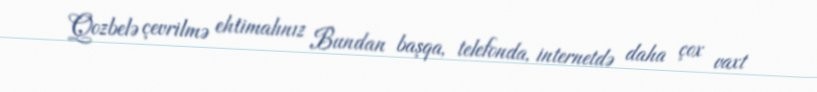
Qozbelə çevrilmə ehtimalınız Bundan başqa, telefonda, internetdə daha çox vaxt